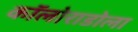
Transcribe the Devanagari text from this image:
कॉलोराडोला